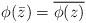
LaTeX: \begin{align*} \phi(\bar z)=\overline{\phi(z)}\end{align*}